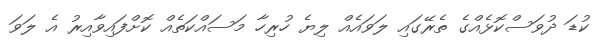
ކުޑަ ދުވަސްކޮޅެއްގެ ތެރޭގައި ލަވައެއް ލިޔެ ހުރިހާ މަސައްކަތެއް ކޮށްފައިވާއިރު އެ ލަވަ